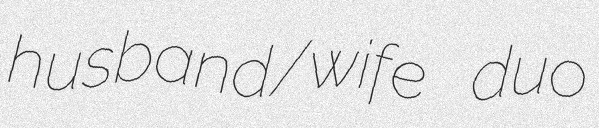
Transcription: husband/wife duo